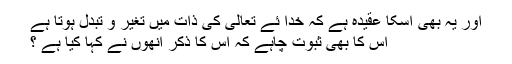
اور یہ بھی اسکا عقیدہ ہے کہ خدا ئے تعالیٰ کی ذات میں تغیّر و تبدل ہوتا ہے
اس کا بھی ثبوت چاہے کہ اس کا ذکر انھوں نے کہا کیا ہے ؟